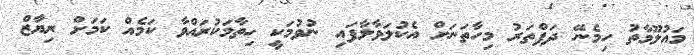
މައުލޫމާތު ހިމެނޭ ދަފްތަރު މިހާތަނަށް އެކުލަވާލާފައި ނުވުމަކީ ހިތާމަކުރައްވާ ކަމެއް ކަމަށް ރިޔާޒް